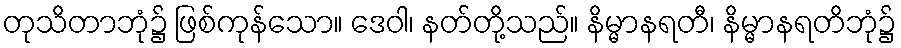
တုသိတာဘုံ၌ ဖြစ်ကုန်သော။ ဒေဝါ၊ နတ်တို့သည်။ နိမ္မာနရတီ၊ နိမ္မာနရတိဘုံ၌